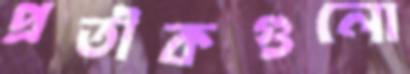
প্রতীকগুলো